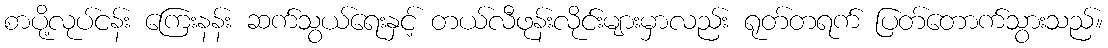
စာပို့လုပ်ငန်း ကြေးနန်း ဆက်သွယ်ရေးနှင့် တယ်လီဖုန်းလိုင်းများမှာလည်း ရုတ်တရက် ပြတ်တောက်သွားသည်။